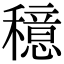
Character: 𫁈